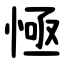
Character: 㥛